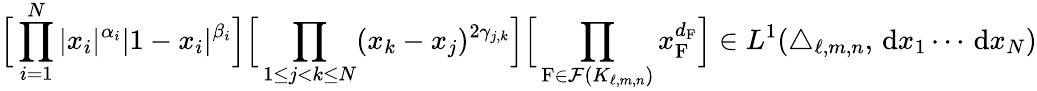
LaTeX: \Big[\prod_{i=1}^{N}|x_{i}|^{\alpha_{i}}|1-x_{i}|^{\beta_{i}}\Big]\Big[\prod_{1\leq j<k\leq N}(x_{k}-x_{j})^{2\gamma_{j,k}}\Big]\Big[\prod_{\mathrm{F}\in\mathcal{F}(K_{\ell,m,n})}x_{\mathrm{F}}^{d_{\mathrm{F}}}\Big]\in L^{1}(\triangle_{\ell,m,n},\, \mathrm{d}x_{1}\cdots\, \mathrm{d}x_{N})